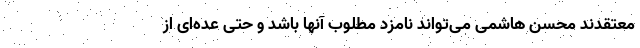
معتقدند محسن هاشمی می‌تواند نامزد مطلوب آنها باشد و حتی عده‌ای از